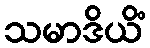
သမာဒိယိံ